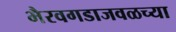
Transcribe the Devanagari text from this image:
भैरवगडाजवळच्या